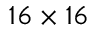
1 6 \times 1 6